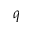
\boldsymbol { q }